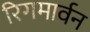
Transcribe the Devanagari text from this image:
रिगमार्वन